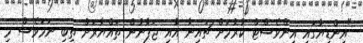
"އިންޑިޔާގައި އިންވެސްޓް ކުރުމަށް ޗައިނާ އާއި ޖަޕާނުން ތައްޔާރަށް ތިބި ނަަމަވެސް މި